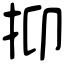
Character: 抑